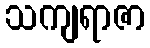
သကျရာဇာ